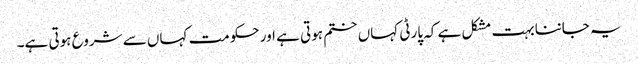
یہ جاننا بہت مشکل ہے کہ پارٹی کہاں ختم ہوتی ہے اور حکومت کہاں سے شروع ہوتی ہے۔